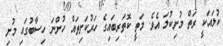
ކުލައަކީ ރަތް މުށިކުލަ އެވެ. މަތީ ކޮތަރިބައިގެ ހަރުކަށިތައް ހުންނަ ހިސާބުގައި މުށި